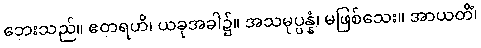
ဘေးသည်။ ဧတရဟိ၊ ယခုအခါ၌။ အသမုပ္ပန္နံ၊ မဖြစ်သေး။ အာယတိံ၊